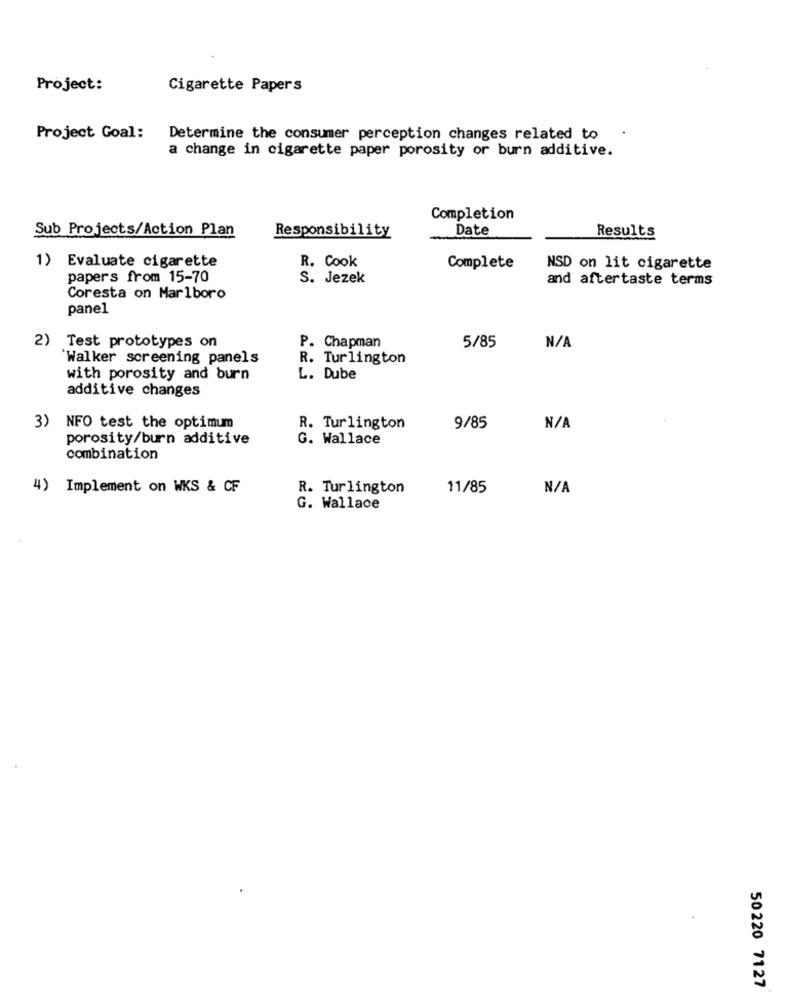
Project:
Cigarette Papers
Project Goal:
Determine the consumer perception changes related to
a change in cigarette paper porosity or burn additive.
Completion
Sub Projects/Action Plan
Date
Responsibility
Results
R. Cook
1) Evaluate cigarette
Complete
NSD on lit cigarette
papers from 15-70
S. Jezek
and aftertaste terms
Coresta on Marlboro
panel
P. Chapman
2) Test prototypes on
5/85
'Walker screening panels
R. Turlington
with porosity and burn
L. Dube
additive changes
3) NFO test the optimum
R. Turlington
9/85
porosity/burn additive
G. Wallace
combination
4) Implement on WKS & CF
R. Turlington
11/85
G. Wallace
50220 7127